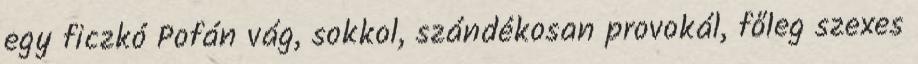
egy ficzkó Pofán vág, sokkol, szándékosan provokál, főleg szexes